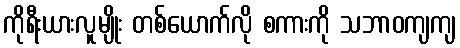
ကိုရီးယားလူမျိုး တစ်ယောက်လို စကားကို သဘာဝကျကျ